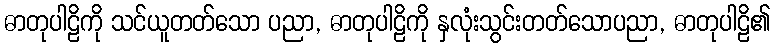
ဓာတုပါဠိကို သင်ယူတတ်သော ပညာ, ဓာတုပါဠိကို နှလုံးသွင်းတတ်သောပညာ, ဓာတုပါဠိ၏